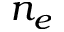
n _ { e }